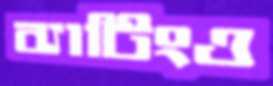
ব্যাটিংও